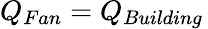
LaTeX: Q_{Fan}=Q_{Building}\,